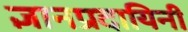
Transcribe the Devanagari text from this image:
ज्ञानप्रदायिनी